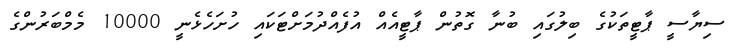
ސިޔާސީ ޕާޓީތަކުގެ ބިލުގައި ބުނާ ގޮތުން ޕާޓީއެއް އުފެއްދުމަށްޓަކައި ހުށަހެޅެނީ 10000 މެމްބަރުންގެ